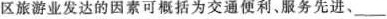
区旅游业发达的因素可概括为交通便利、服务先进、___